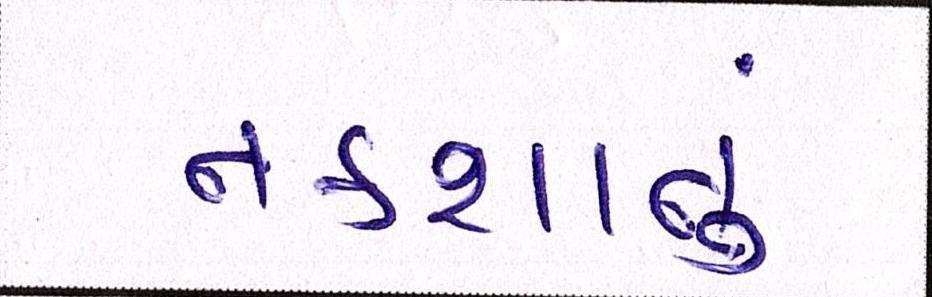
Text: નકશાનું